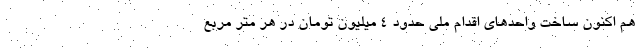
هم اکنون ساخت واحدهای اقدام ملی حدود ۴ میلیون تومان در هر متر مربع